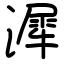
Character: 漽